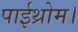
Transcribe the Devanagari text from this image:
पाईथ्रोम।